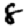
Digit: 8